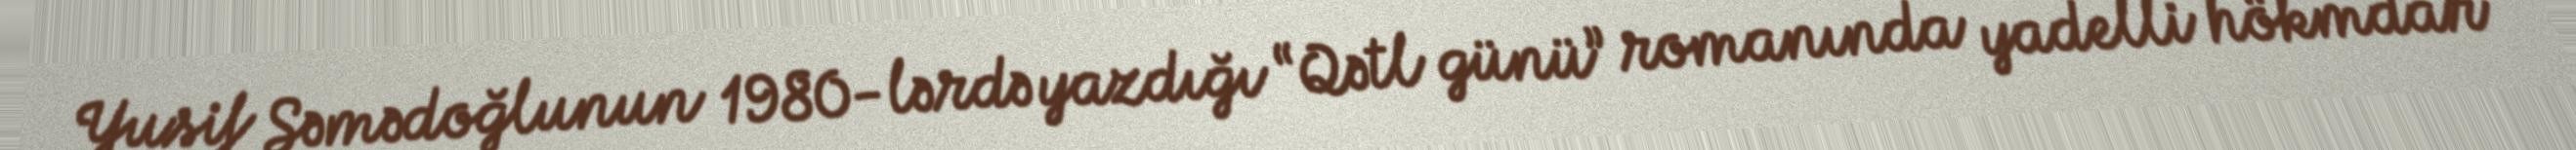
Yusif Səmədoğlunun 1980-lərdə yazdığı “Qətl günü” romanında yadelli hökmdar